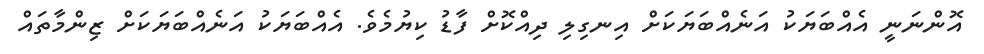
އޮންނަނީ އެއްބަޔަކު އަނެއްބަޔަކަށް އިނގިލި ދިއްކޮށް ފާޑު ކިޔުމެވެ. އެއްބަޔަކު އަނެއްބަޔަކަށް ޒިންމާތައް